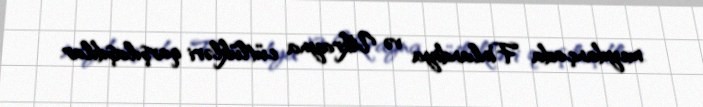
meydançada Finlandiya və Ukrayna cütlükləri qarşılaşdılar.